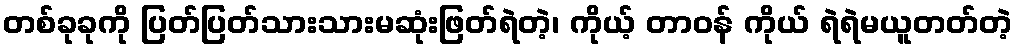
တစ်ခုခုကို ပြတ်ပြတ်သားသားမဆုံးဖြတ်ရဲတဲ့၊ ကိုယ့် တာဝန် ကိုယ် ရဲရဲမယူတတ်တဲ့